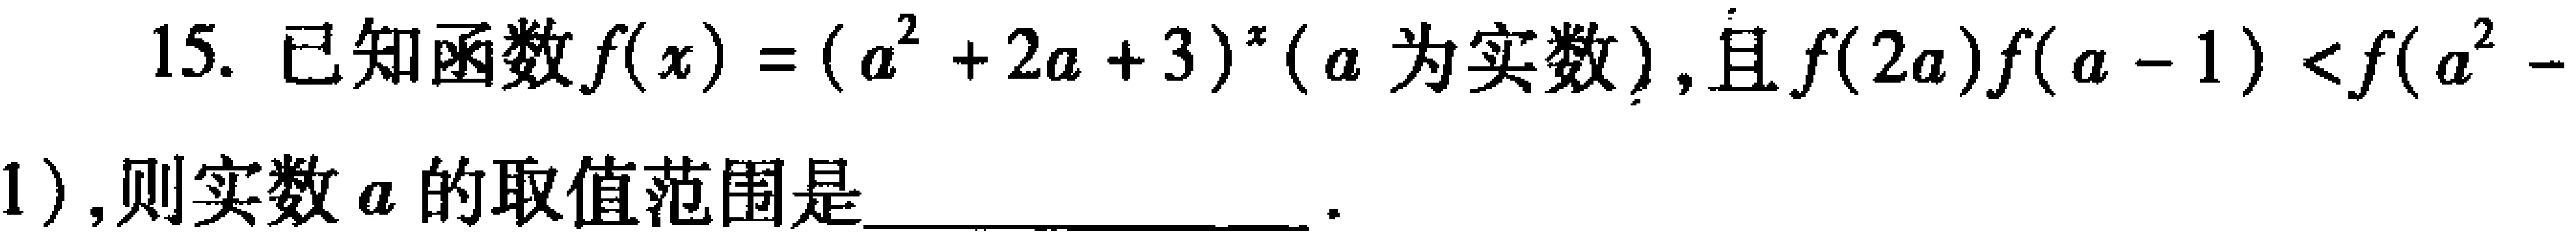
15. 已知函数\(f(x)=(a^{2}+2a + 3)^{x}(a\)为实数\()\)，且\(f(2a)f(a - 1)\lt f(a^{2}-1)\)，则实数\(a\)的取值范围是  。